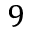
9